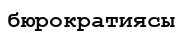
бюрократиясы